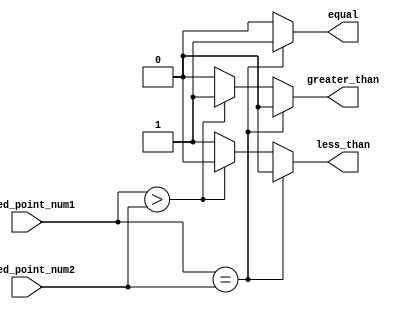
module fixed_point_comparator(
    input signed [7:0] fixed_point_num1,
    input signed [7:0] fixed_point_num2,
    output equal,
    output greater_than,
    output less_than
);

reg equal, greater_than, less_than;

always @(*) begin
    if(fixed_point_num1 == fixed_point_num2) begin
        equal = 1;
        greater_than = 0;
        less_than = 0;
    end else if (fixed_point_num1 > fixed_point_num2) begin
        equal = 0;
        greater_than = 1;
        less_than = 0;
    end else begin
        equal = 0;
        greater_than = 0;
        less_than = 1;
    end
end

endmodule